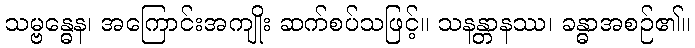
သမ္ဗန္ဓေန၊ အကြောင်းအကျိုး ဆက်စပ်သဖြင့်။ သနန္တာနဿ၊ ခန္ဓာအစဉ်၏။